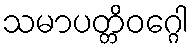
သမာပတ္တိဝဂ္ဂေါ